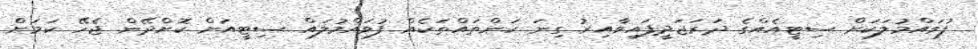
ފުވައްމުލަކަށް ސިޓީއެއްގެ ދަރަޖަދީފައިވާއިރު ގިނަ ކަންތައްތަކެއް ފުވައްމުލައް ސިޓީއަށް ކޮށްދޭން ޖެހޭ ކަމަށް